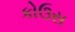
કોઉસ